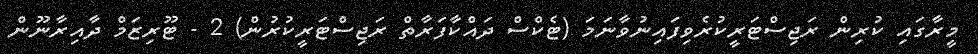
މީރާގައި ކުރިން ރަޖިސްޓަރީކުރެވިފައިނުވާނަމަ (ޓެކްސް ދައްކާފަރާތް ރަޖިސްޓަރީކުރުން) 2 - ޓޫރިޒަމް ދާއިރާނޫން